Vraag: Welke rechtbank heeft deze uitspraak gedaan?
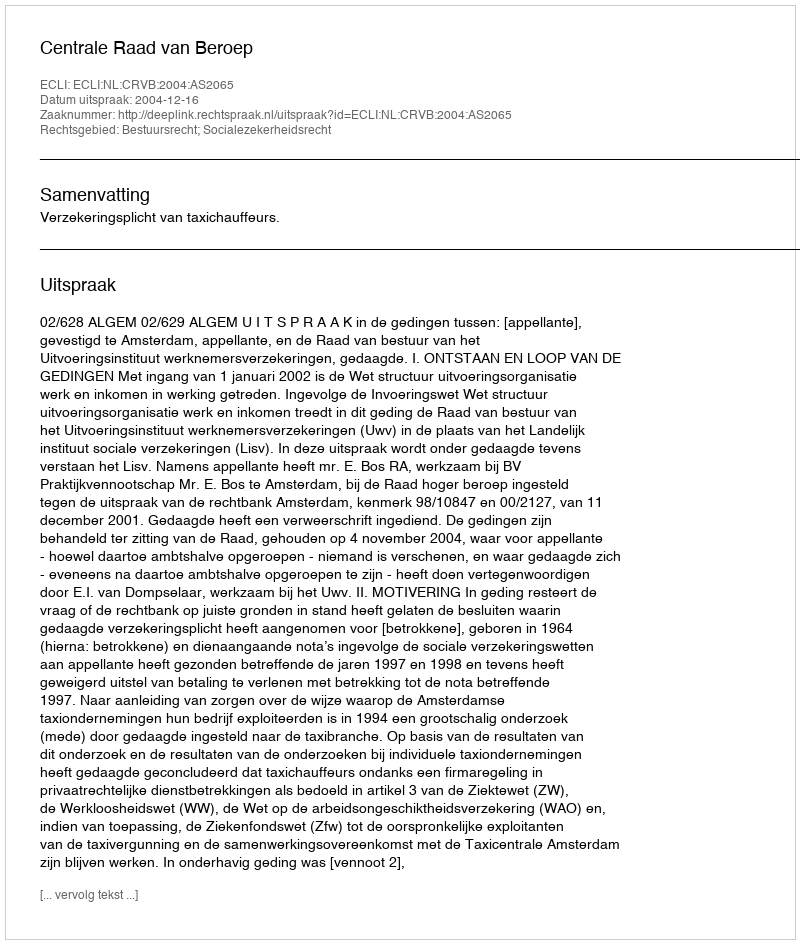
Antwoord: Centrale Raad van Beroep